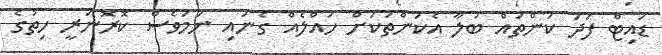
ޑައިޓް ފަދަ ކަންތައް ބަލާ އެކަންތަކަށް ހައްލެއް ގެނައި ނަމަވެސް ކޮރޮނަރީ ހިތުގެ